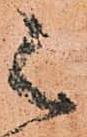
々